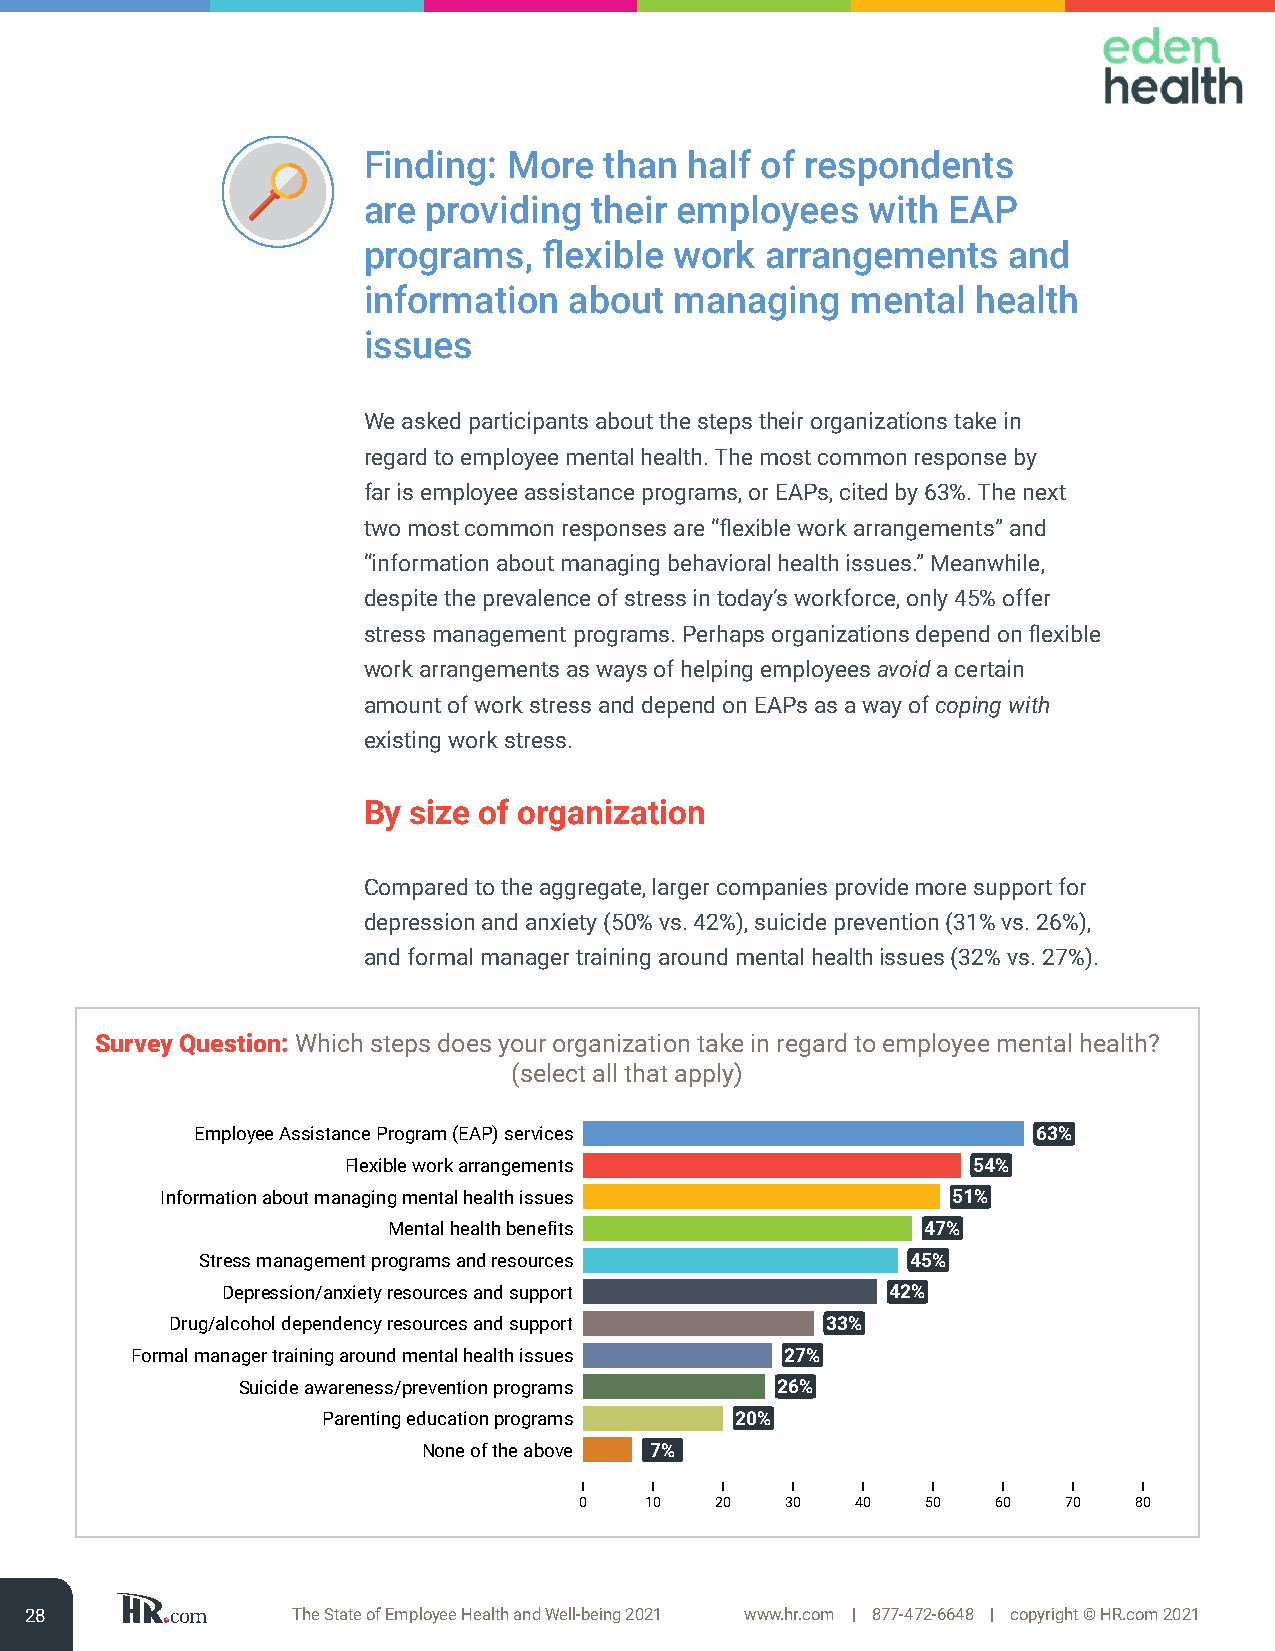
Finding:  More  than half of respondents
 are providing  their employees   with  EAP
 programs,   flexible work  arrangements    and
 information   about  managing   mental   health
 issues
 We asked participants about the steps their organizations take in
 regard to employee mental health. The most common response by
 far is employee assistance programs, or EAPs, cited by 63%. The next
 two most common responses are “flexible work arrangements” and
 “information about managing behavioral health issues.” Meanwhile,
 despite the prevalence of stress in today’s workforce, only 45% offer
 stress management programs. Perhaps organizations depend on flexible
 work arrangements as ways of helping employees avoid a certain
 amount of work stress and depend on EAPs as a way of coping with
 existing work stress.
 By size of organization
 Compared to the aggregate, larger companies provide more support for
 depression and anxiety (50% vs. 42%), suicide prevention (31% vs. 26%),
 and formal manager training around mental health issues (32% vs. 27%).
 Survey Question: Which steps does your organization take in regard to employee mental health?
 (select all that apply)
 Employee Assistance Program (EAP) services              63%
 Flexible work arrangements               54%
 Information about managing mental health issues     51%
 Mental health benefits             47%
 Stress management programs and resources       45%
 Depression/anxiety resources and support    42%
 Drug/alcohol dependency resources and support 33%
 Formal manager training around mental health issues 27%
 Suicide awareness/prevention programs 26%
 Parenting education programs 20%
 None of the above 7%
 0    10  20   30   40  50   60   70  80
 28               The State of Employee Health and Well-being 2021 www.hr.com | 877-472-6648 | copyright © HR.com 2021